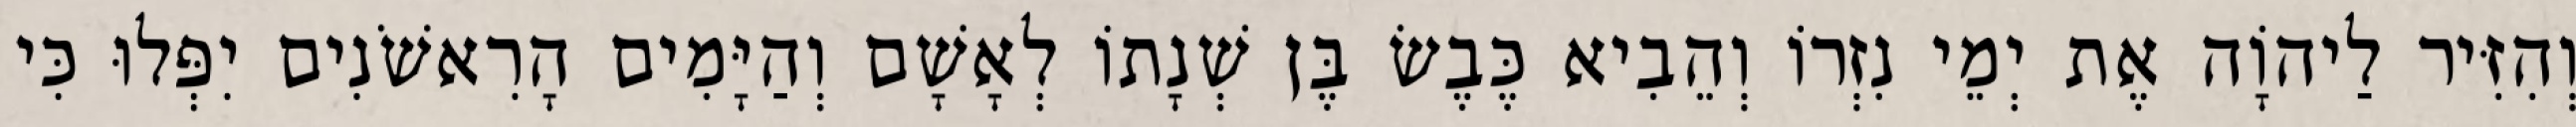
וְהִזִּיר לַיהוָֹה אֶת יְמֵי נִזְרוֹ וְהֵבִיא כֶּבֶשׂ בֶּן שְׁנָתוֹ לְאָשָׁם וְהַיָּמִים הָרִאשֹׁנִים יִפְּלוּ כִּי